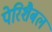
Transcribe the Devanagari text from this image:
पेरिशैबल